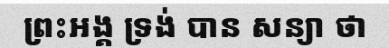
ព្រះអង្គ ទ្រង់ បាន សន្យា ថា